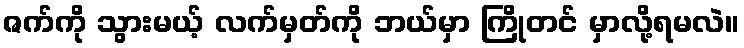
ဇက်ကို သွားမယ့် လက်မှတ်ကို ဘယ်မှာ ကြိုတင် မှာလို့ရမလဲ။